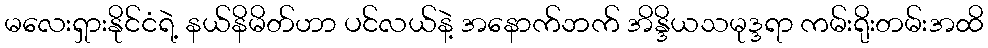
မလေးရှားနိုင်ငံရဲ့ နယ်နိမိတ်ဟာ ပင်လယ်နဲ့ အနောက်ဘက် အိန္ဒိယသမုဒ္ဒရာ ကမ်းရိုးတမ်းအထိ